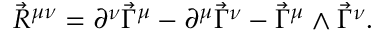
\vec { R } ^ { \mu \nu } = \partial ^ { \nu } \vec { \Gamma } ^ { \mu } - \partial ^ { \mu } \vec { \Gamma } ^ { \nu } - \vec { \Gamma } ^ { \mu } \wedge \vec { \Gamma } ^ { \nu } .